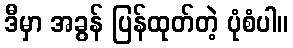
ဒီမှာ အခွန် ပြန်ထုတ်တဲ့ ပုံစံပါ။